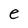
Character: e